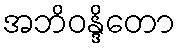
အဘိဝန္ဒိတော